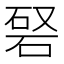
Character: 𥓆